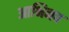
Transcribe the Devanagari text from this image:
आभिनव